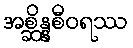
အစ္ဆိန္နစီဝရဿ